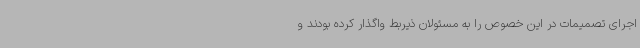
اجرای تصمیمات در این خصوص را به مسئولان ذیربط واگذار کرده بودند و